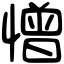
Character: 憎